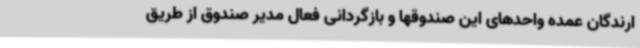
ارندگان عمده واحدهای این صندوقها و بازگردانی فعال مدیر صندوق از طریق